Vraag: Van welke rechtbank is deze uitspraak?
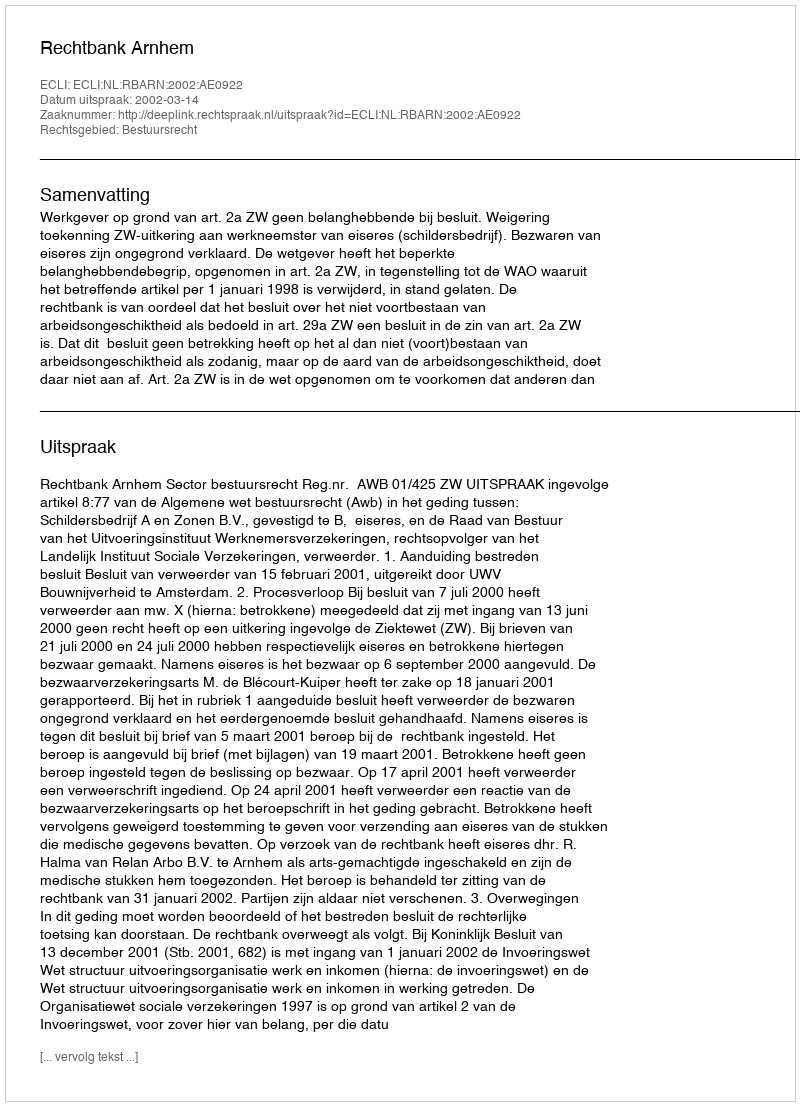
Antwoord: Rechtbank Arnhem